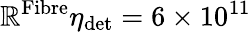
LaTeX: \mathbb{R}^{\textrm{{Fibre}}}\eta_{\textrm{{det}}}=6\times10^{11}